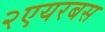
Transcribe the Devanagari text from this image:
२एयरबस